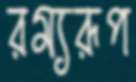
রম্যরূপ